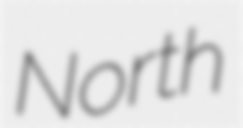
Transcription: North